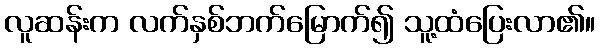
လူဆန်းက လက်နှစ်ဘက်မြောက်၍ သူ့ထံပြေးလာ၏။